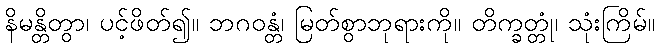
နိမန္တိတွာ၊ ပင့်ဖိတ်၍။ ဘဂဝန္တံ၊ မြတ်စွာဘုရားကို။ တိက္ခတ္တုံ၊ သုံးကြိမ်။